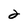
Character: 2